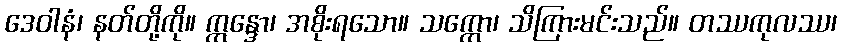
ဒေဝါနံ၊ နတ်တို့ကို။ ဣန္ဒော၊ အစိုးရသော။ သက္ကော၊ သိကြားမင်းသည်။ တဿကုလဿ၊